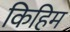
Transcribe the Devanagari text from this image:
किहिम